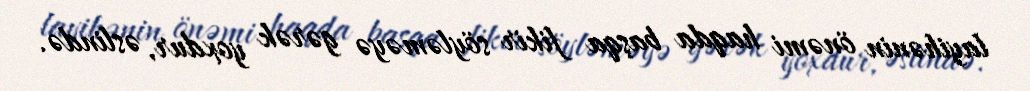
layihənin önəmi haqda başqa fikir söyləməyə gərək yoxdur, əslində.